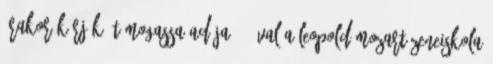
órakor Kérjük, támogassa adója 1%-ával a Leopold Mozart Zeneiskola